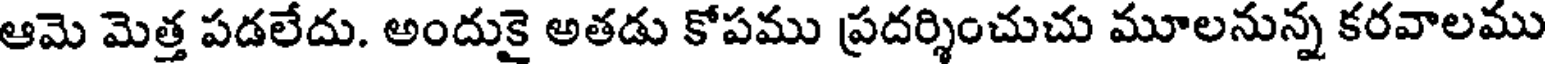
ఆమె మెత్త పడలేదు. అందుకై అతడు కోపము ప్రదర్శించుచు మూలనున్న కరవాలము